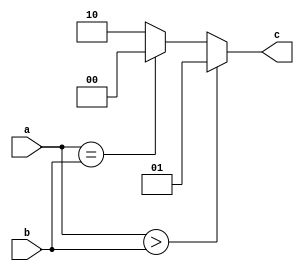
module co(a,b,c);
input [3:0] a,b;
output reg [1:0] c;
always @(a)
begin
if(a>b)c=1;
else if (a==b)c=0;
else c=2;
end 
endmodule
module t;
reg [3:0] a,b;
wire [1:0] c;
co cjhkhg(a,b,c);

initial 
begin 
$monitor("a=%b,b=%b,c=%d",a,b,c);
a=4'b1010;b=4'b1000;
#5 a=4'b1000;b=4'b1000;
#5 a=4'b0010;b=4'b1000;
end 
endmodule